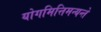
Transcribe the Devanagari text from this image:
योगमित्तिमन्यन्ते